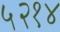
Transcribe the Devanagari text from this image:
५२१४